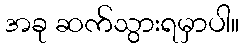
အခု ဆက်သွားရမှာပါ။